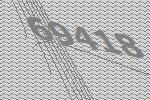
69418